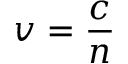
v = { \frac { c } { n } }